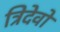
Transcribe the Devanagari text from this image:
त्रिदेवो